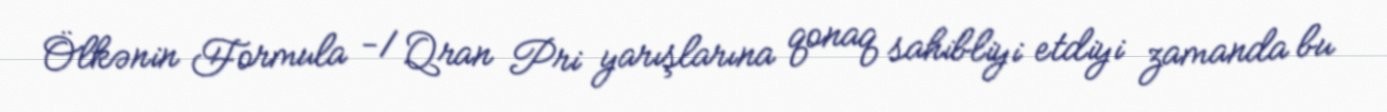
Ölkənin Formula -1 Qran Pri yarışlarına qonaq sahibliyi etdiyi zamanda bu